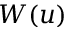
W ( u )